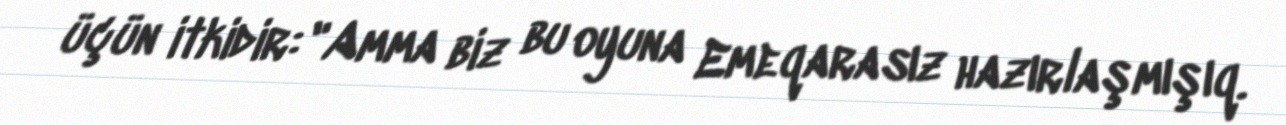
üçün itkidir: "Amma biz bu oyuna Emeqarasız hazırlaşmışıq.